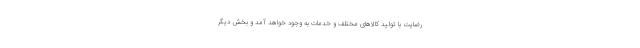
رضایت با تولید کالاهای مختلف و خدمات به وجود خواهد آمد و بخش دیگر